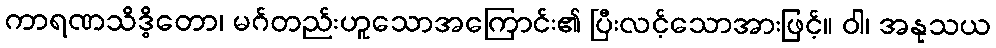
ကာရဏသိဒ္ဓိတော၊ မဂ်တည်းဟူသောအကြောင်း၏ ပြီးလင့်သောအားဖြင့်။ ဝါ၊ အနုသယ